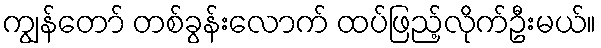
ကျွန်တော် တစ်ခွန်းလောက် ထပ်ဖြည့်လိုက်ဦးမယ်။